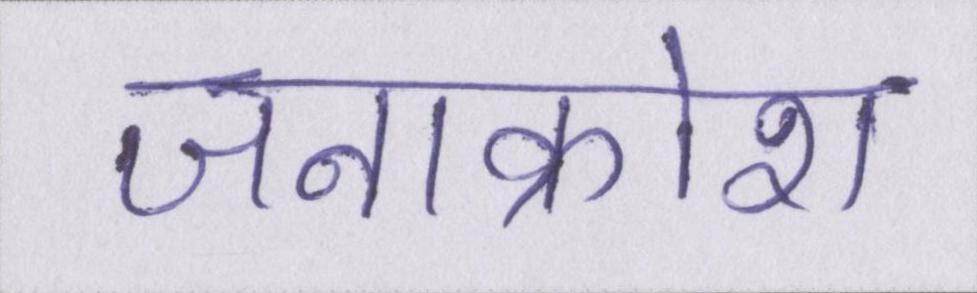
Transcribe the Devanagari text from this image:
जनाक्रोश